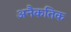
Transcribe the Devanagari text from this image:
अनैकतिक